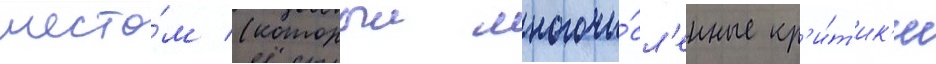
шесто́м (которыи многочи́сл'енные кр'и́т'ик'и